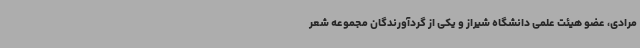
مرادی، عضو هیئت علمی دانشگاه شیراز و یکی از گردآورندگان مجموعه شعر